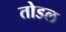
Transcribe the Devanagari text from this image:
तोडल